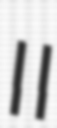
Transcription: II